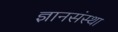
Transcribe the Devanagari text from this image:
ज्ञानसंस्था